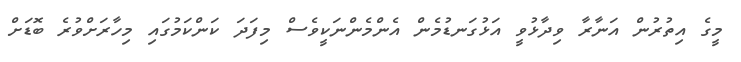
މީގެ އިތުރުން އަނާރާ ވިދާޅުވީ އަޅުގަނޑުމެން އެންމެންނަކީވެސް މިފަދަ ކަންކަމުގައި މިހާރަށްވުރެ ބޮޑަށް